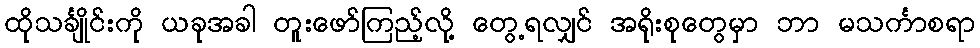
ထိုသင်္ချိုင်းကို ယခုအခါ တူးဖော်ကြည့်လို့ တွေ့ရလျှင် အရိုးစုတွေမှာ ဘာ မသင်္ကာစရာ